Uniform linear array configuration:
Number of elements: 4
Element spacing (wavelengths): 1
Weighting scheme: hann
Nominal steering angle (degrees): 60
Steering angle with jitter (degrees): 59.761
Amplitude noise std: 0.05
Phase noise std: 0.05

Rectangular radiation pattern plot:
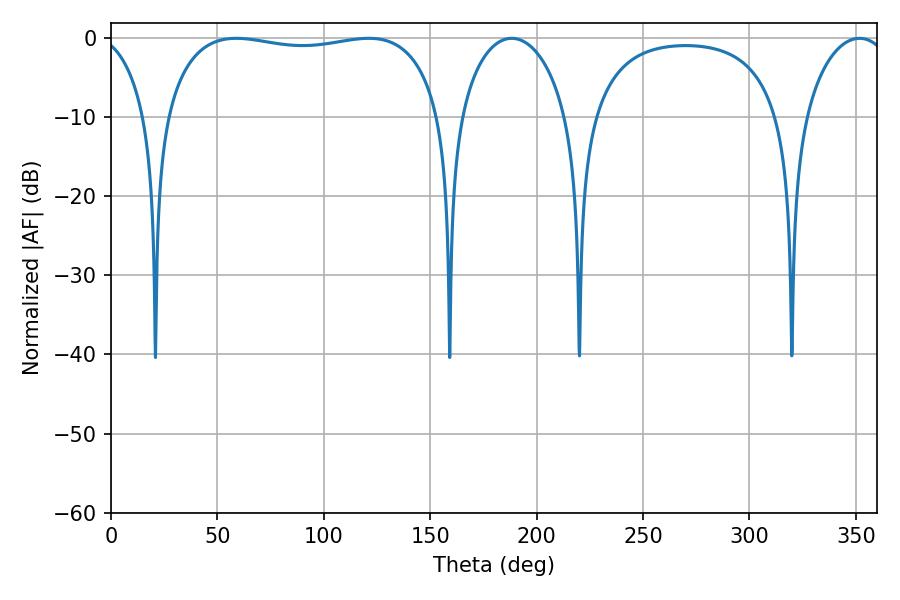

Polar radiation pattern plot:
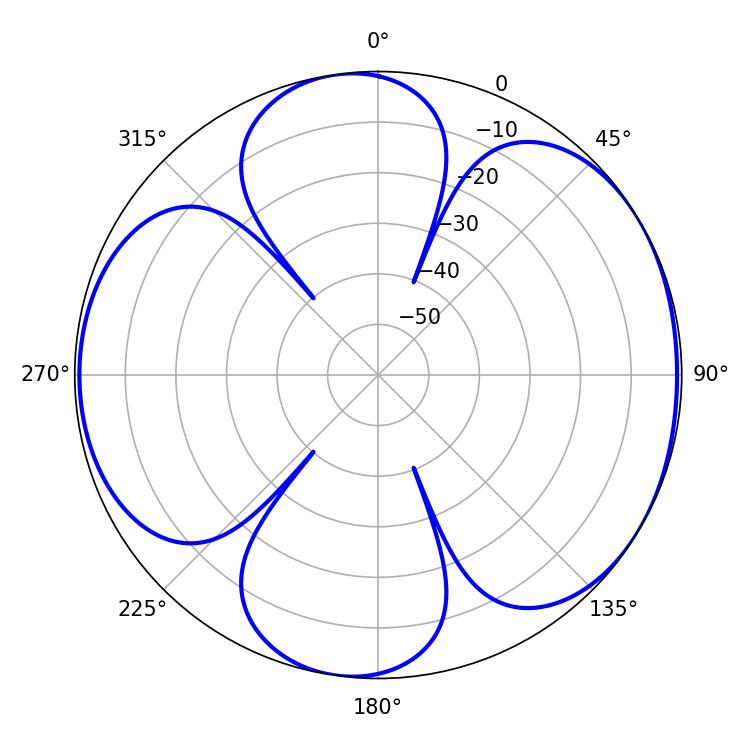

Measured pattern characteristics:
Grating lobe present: TRUE
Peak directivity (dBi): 5.814
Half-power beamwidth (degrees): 28.98
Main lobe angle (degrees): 188.28